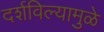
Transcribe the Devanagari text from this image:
दर्शविल्यामुळे